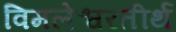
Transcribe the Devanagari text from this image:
विमलेश्वरतीर्थ